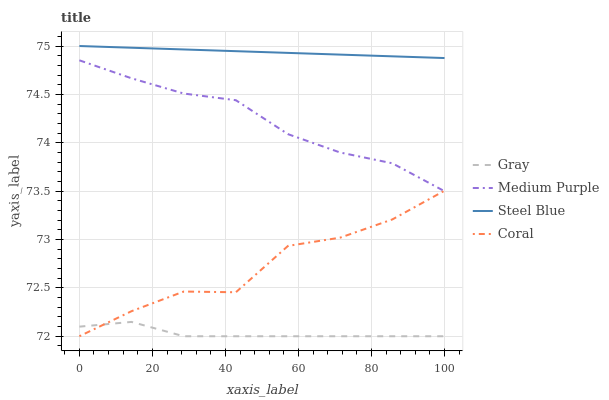
| xaxis_label | Gray | Medium Purple | Steel Blue | Coral |
 | --- | --- | --- | --- | --- |
 | 0 | 72.1 | 74.9 | 75 | 72 |
 | 14.3 | 72.1 | 74.7 | 75 | 72.3 |
 | 28.6 | 72 | 74.5 | 75 | 72.5 |
 | 42.9 | 72 | 74.4 | 74.9 | 72.5 |
 | 57.1 | 72 | 74.1 | 74.9 | 72.9 |
 | 71.4 | 72 | 73.9 | 74.9 | 73 |
 | 85.7 | 72 | 73.8 | 74.9 | 73.2 |
 | 100 | 72 | 73.5 | 74.9 | 73.5 |